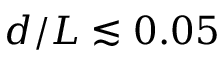
d / L \lesssim 0 . 0 5